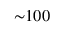
\mathord { \sim } 1 0 0